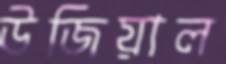
উজিয়াল